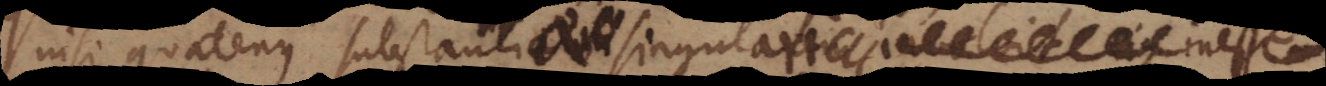
nisi quatenus substantiae singulari inesse